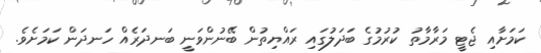
ކަމަށާއި ޖެޓީ މަރާމާތު ކުރުމުގެ ބަދަލުގައި ރައްޔިތުން ބޭނުންވަނީ ބަނދަރެއް ހަނދަން ކަމަށެވެ.